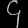
Digit: ၄